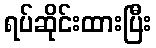
ရပ်ဆိုင်းထားပြီး